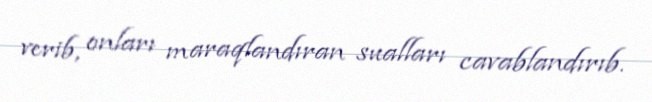
verib, onları maraqlandıran sualları cavablandırıb.